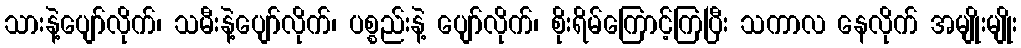
သားနဲ့ပျော်လိုက်၊ သမီးနဲ့ပျော်လိုက်၊ ပစ္စည်းနဲ့ ပျော်လိုက်၊ စိုးရိမ်ကြောင့်ကြပြီး သကာလ နေလိုက် အမျိုးမျိုး